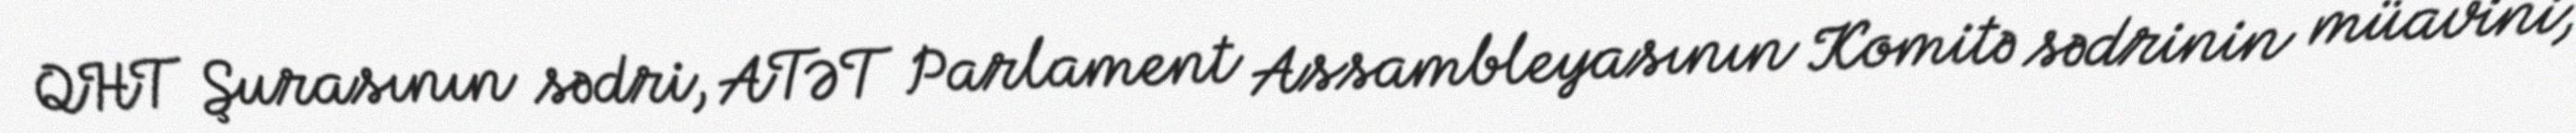
QHT Şurasının sədri, ATƏT Parlament Assambleyasının Komitə sədrinin müavini,